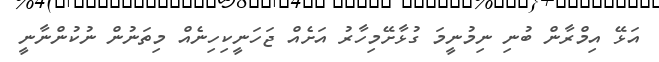
އަޅޭ އިމްރާން ބުނި ނިމުނީމަ ގުޅާށޭމިހާރު އަށެއް ޖަހަނީކިހިނެއް މިތަނުން ނުކުންނާނީ